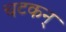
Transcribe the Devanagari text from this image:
चटकन्